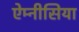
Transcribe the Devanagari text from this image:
ऐम्नीसिया